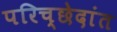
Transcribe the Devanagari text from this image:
परिच्छेदांत